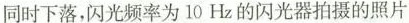
同时下落，闪光频率为10Hz的闪光器拍摄的照片